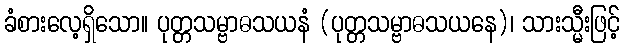
ခံစားလေ့ရှိသော။ ပုတ္တသမ္ဗာဓသယနံ (ပုတ္တသမ္ဗာဓသယနေ)၊ သားသ္မီးဖြင့်